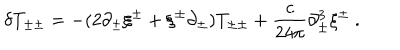
LaTeX: \delta T _ { \pm \pm } = - ( 2 \partial _ { \pm } \xi ^ { \pm } + \xi ^ { \pm } \partial _ { \pm } ) T _ { \pm \pm } + { \frac { c } { 2 4 \pi } } \partial _ { \pm } ^ { 3 } \xi ^ { \pm } \ .